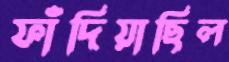
ফাঁদিয়াছিল